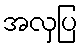
အလှပြ